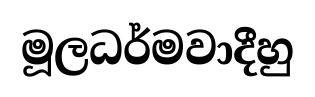
මූලධර්මවාදීහු